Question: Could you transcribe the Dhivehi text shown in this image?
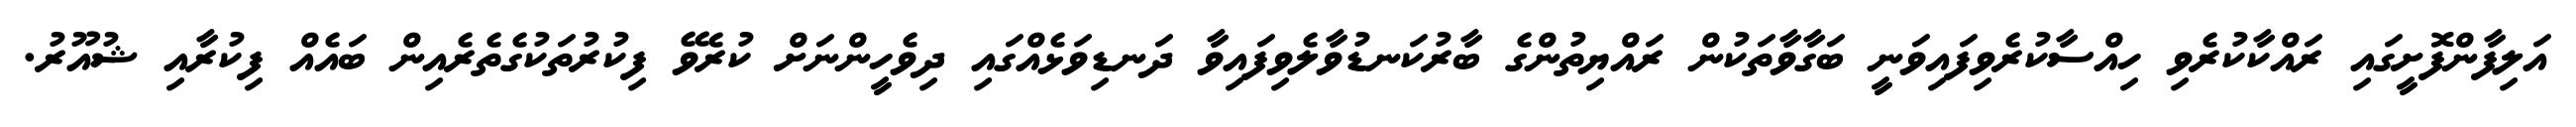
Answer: އަލިފާންފޮށީގައި ރައްކާކުރެވި ހިއްސާކުރެވިފައިވަނީ ބަގާވާތަކުން ރައްޔިތުންގެ ބާރުކަނޑުވާލެވިފައިވާ ދަނޑިވަޅެއްގައި ދިވެހީންނަށް ކުރެވޭ ފިކުރުތަކުގެތެރެއިން ބައެއް ފިކުރާއި ޝުއޫރު.